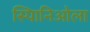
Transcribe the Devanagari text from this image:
स्पािनिओला